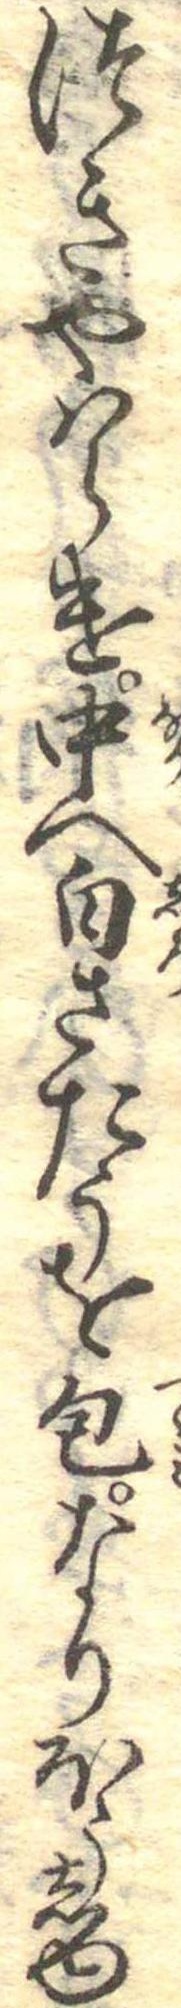
つきやはらけ中へ白さたうを包なりほうしゆ